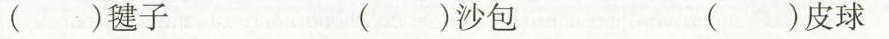
()毽子 ()沙包 ()皮球